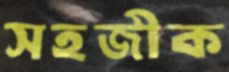
সহজীক